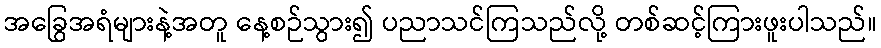
အခြွေအရံများနဲ့အတူ နေ့စဉ်သွား၍ ပညာသင်ကြသည်လို့ တစ်ဆင့်ကြားဖူးပါသည်။